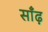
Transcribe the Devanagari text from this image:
साँढ़़